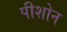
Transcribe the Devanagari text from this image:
पीशोन